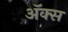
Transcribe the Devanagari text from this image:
अॅक्स